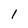
Character: l